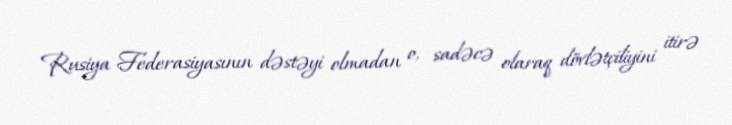
Rusiya Federasiyasının dəstəyi olmadan o, sadəcə olaraq dövlətçiliyini itirə